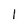
Character: l